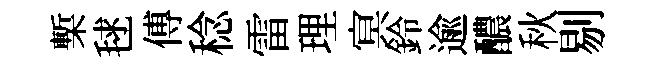
槧毬傅稔雷理㝠鈴逾醲秋剔